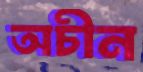
অচীন